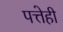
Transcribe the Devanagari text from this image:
पत्तेही